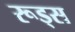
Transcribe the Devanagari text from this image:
रूड्स